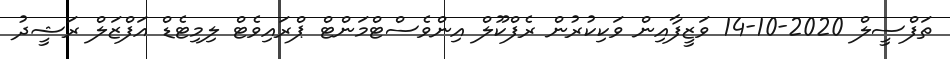
ތަފްސީލް 2020-10-14 ވަޒީފާއިން ވަކިކުރުން ރެފްކޫލް އިންވެސްޓްމަންޓް ޕްރައިވެޓް ލިމިޓެޑް އަފްޒަލް ރަޝީދު